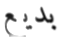
بديع